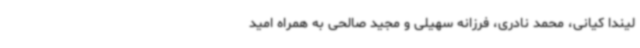
لیندا کیانی، محمد نادری، فرزانه سهیلی و مجید صالحی به همراه امید